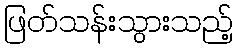
ဖြတ်သန်းသွားသည့်